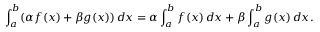
\int _ { a } ^ { b } ( \alpha f ( x ) + \beta g ( x ) ) \, d x = \alpha \int _ { a } ^ { b } f ( x ) \, d x + \beta \int _ { a } ^ { b } g ( x ) \, d x .